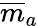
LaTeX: {\overline{{m}}}_{a}